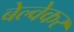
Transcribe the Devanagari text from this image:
बेल्वेकर